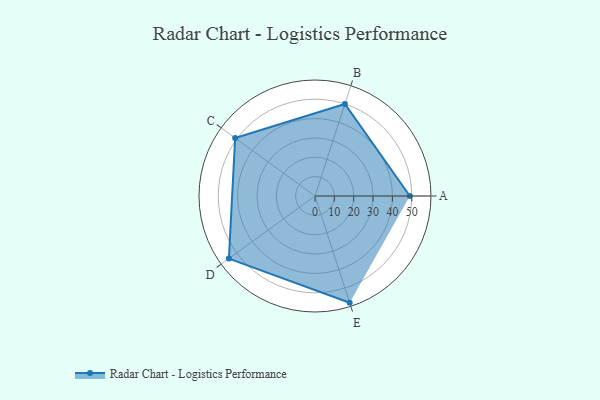
{"axis": {"x": "Skill", "y": "Score"}, "legend": ["Profile"], "data": [{"x": "A", "y": 49.0, "type": "Profile"}, {"x": "B", "y": 50.0, "type": "Profile"}, {"x": "C", "y": 51.0, "type": "Profile"}, {"x": "D", "y": 55.0, "type": "Profile"}, {"x": "E", "y": 58.0, "type": "Profile"}]}